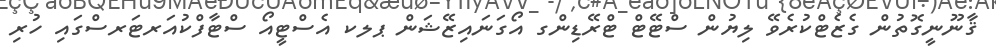
ޤާނޫނީގޮތުން ގެޒެޓްކުރެވޭ ލިޔުން ސްޓޭޓް ޓްރޭޑިންގ އޯގަނައިޒޭޝަން ޕލކ އެސްޓީއޯ ސްޓާފްކުއަރޓަރސްގައި ހުރި